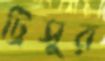
ট্রিসুর